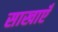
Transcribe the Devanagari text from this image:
साखाएँ